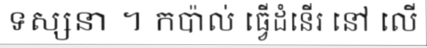
ទស្សនា ។ កប៉ាល់ ធ្វើដំនើរ នៅ លើ